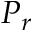
P _ { r }